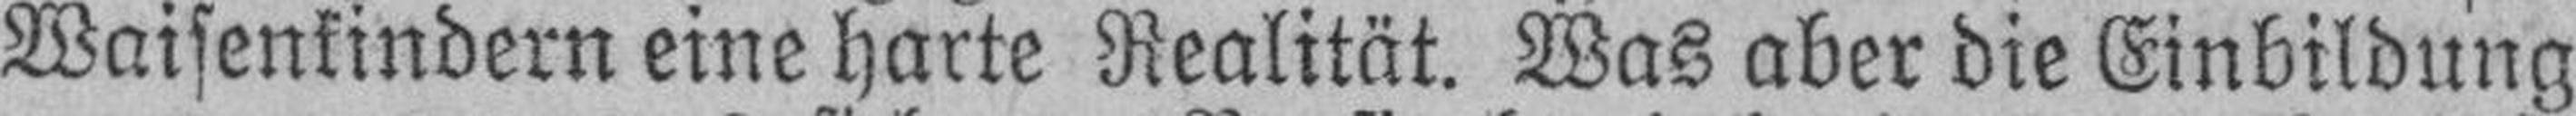
Waisenkindern eine harte Realität. Was aber die Einbildung